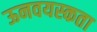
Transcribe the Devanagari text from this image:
ऊनवयस्कता